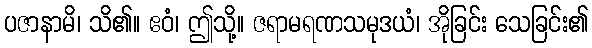
ပဇာနာမိ၊ သိ၏။ ဧဝံ၊ ဤသို့။ ဇရာမရဏသမုဒယံ၊ အိုခြင်း သေခြင်း၏